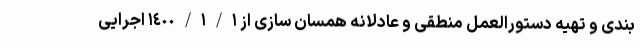
بندی و تهیه دستورالعمل منطقی و عادلانه همسان سازی از ١٤٠٠/١/١ اجرایی